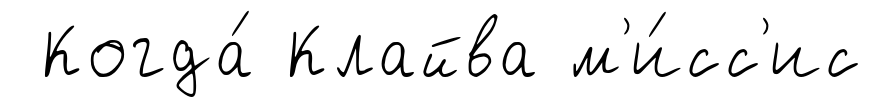
Когда́ Клайва м'и́сс'ис